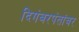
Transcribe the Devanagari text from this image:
दिगंबरपंतांवर